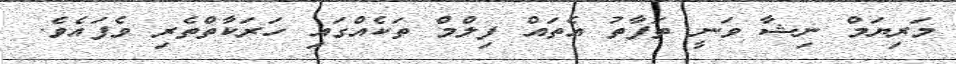
މަރިޔަމް ނިޝާ ވަނީ ތަފާތު އެތައް ފިލްމް ތަކެއްގައި ހަރަކާތްތެރި ވެފައެވެ.